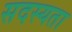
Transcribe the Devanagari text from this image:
सदस्यता